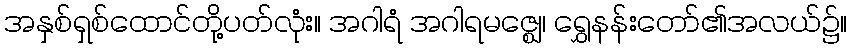
အနှစ်ရှစ်ထောင်တို့ပတ်လုံး။ အဂါရံ အဂါရမဇ္ဈေ၊ ရွှေနန်းတော်၏အလယ်၌။